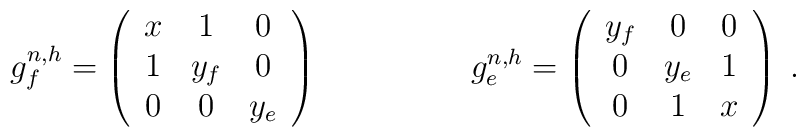
\begin{array}{ccc}g^{n,h}_f =\left(\begin{array}{ccc}x&1&0\\1&y_f&0\\0&0&y_e\end{array}\right)&\hspace{.5in}&g^{n,h}_e =\left(\begin{array}{ccc}y_f&0&0\\0&y_e&1\\0&1&x\end{array}\right)\end{array}{}.